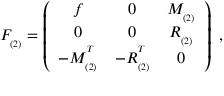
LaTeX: F _ { _ { ( 2 ) } } = \left( \begin{array} { c c c } { { f } } & { { 0 } } & { { M _ { _ { ( 2 ) } } } } \\ { { 0 } } & { { 0 } } & { { R _ { _ { ( 2 ) } } } } \\ { { - M _ { _ { ( 2 ) } } ^ { ^ T } } } & { { - R _ { _ { ( 2 ) } } ^ { ^ T } } } & { { 0 } } \end{array} \right) \; ,